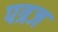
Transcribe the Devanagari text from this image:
पत्रज